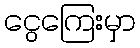
ငွေကြေးမှာ